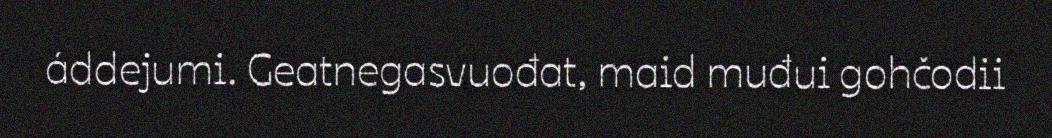
áddejumi. Geatnegasvuođat, maid muđui gohčodii